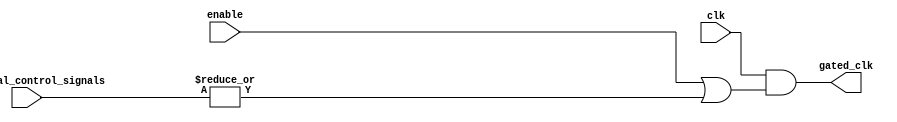
module clock_gating (
    input wire clk,                     // Main clock signal
    input wire enable,                  // Enable signal for memory block
    input wire [N-1:0] additional_control_signals, // Additional control signals
    output wire gated_clk               // Gated clock signal for memory block
);
    parameter N = 2; // Number of additional control signals, adjust as needed

    // Internal signal to hold the OR result of additional control signals
    wire additional_control_or;

    // OR gate for additional control signals
    assign additional_control_or = |additional_control_signals;

    // OR gate for enabling the gated clock
    assign gated_clk = clk & (enable | additional_control_or);

endmodule